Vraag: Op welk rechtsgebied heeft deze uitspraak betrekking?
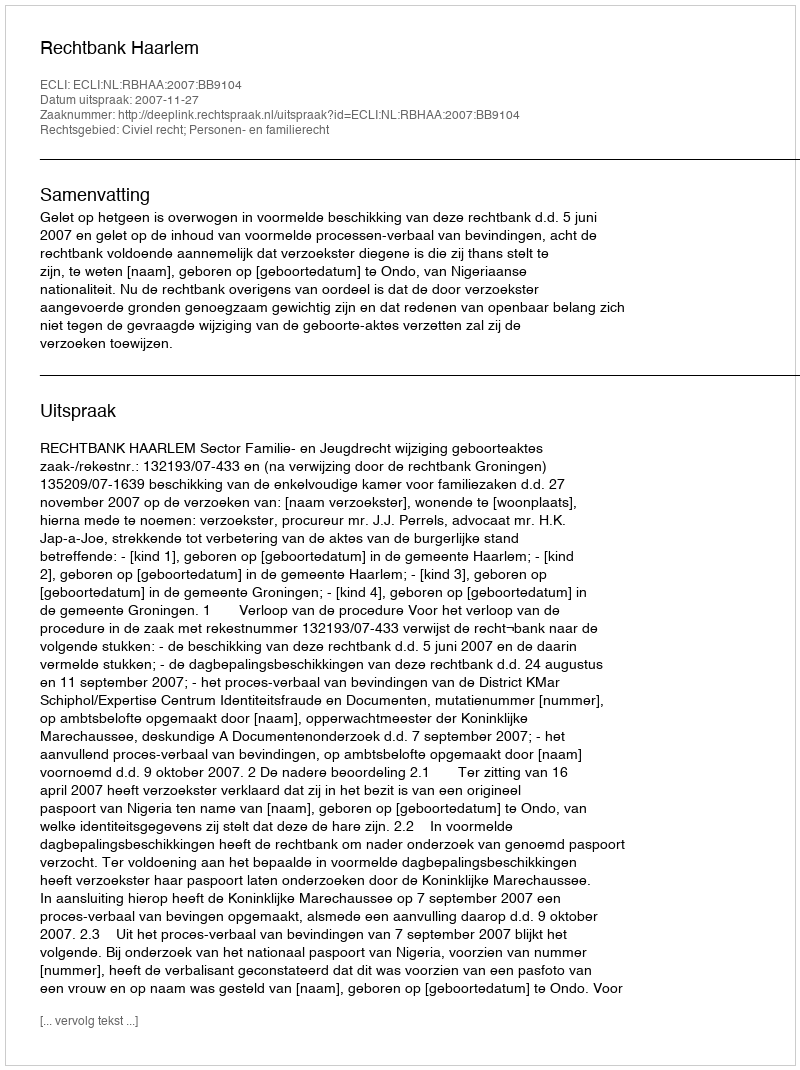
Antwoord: Civiel recht; Personen- en familierecht